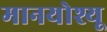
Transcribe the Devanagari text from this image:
मानयोश्यू